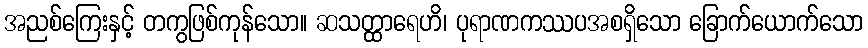
အညစ်ကြေးနှင့် တကွဖြစ်ကုန်သော။ ဆသတ္ထာရေဟိ၊ ပုရာဏကဿပအစရှိသော ခြောက်ယောက်သော